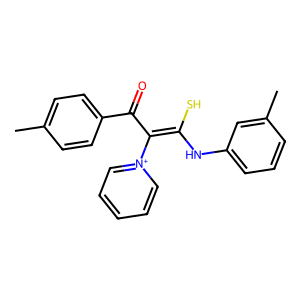
SMILES: Cc1ccc(C(=O)C(=C(S)Nc2cccc(C)c2)[n+]2ccccc2)cc1
Inhibits HIV replication: No